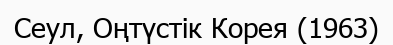
Сеул, Оңтүстік Корея (1963)